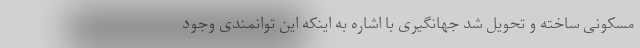
مسکونی ساخته و تحویل شد جهانگیری با اشاره به اینکه این توانمندی وجود